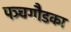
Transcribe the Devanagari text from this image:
पञ्चगौडका